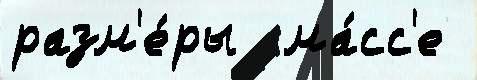
разм'е́ры  ма́сс'е